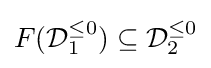
F({\mathcal {D}}_{1}^{\leq 0})\subseteq {\mathcal {D}}_{2}^{\leq 0}